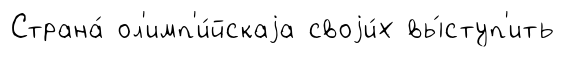
Страна́ ол'имп'и́йскаjа своjи́х вы́ступ'ить